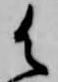
御